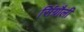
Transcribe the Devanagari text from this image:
सिंग्रौली